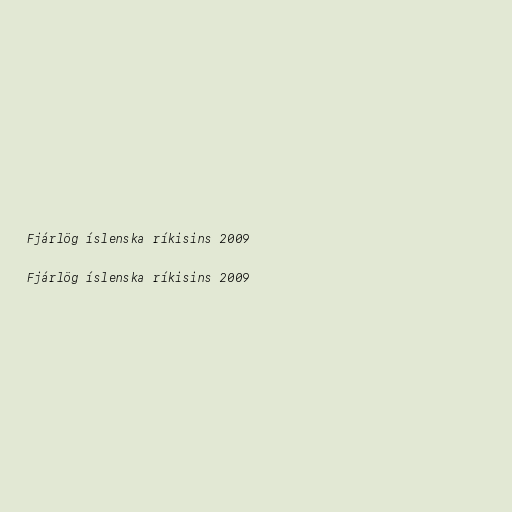
Fjárlög íslenska ríkisins 2009

Fjárlög íslenska ríkisins 2009